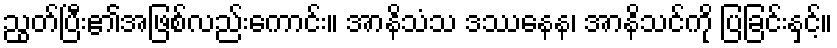
ညွတ်ပြီး၏အဖြစ်လည်းကောင်း။ အာနိသံသ ဒဿနေန၊ အာနိသင်ကို ပြခြင်းနှင့်။